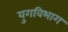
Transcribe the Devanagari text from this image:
युगविभाग